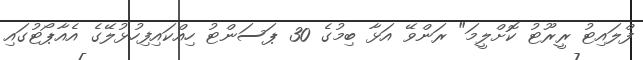
ފްލައިޓު ރީރޫޓު ކޮށްލީމަ" ރަންވޭ އަޅާ ބިމުގެ 30 ޕަސަންޓު ހިއްކައިފިހުޅުލޭގެ އެއާޕޯޓުގައި